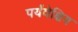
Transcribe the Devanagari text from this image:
पर्यंवेक्षिय